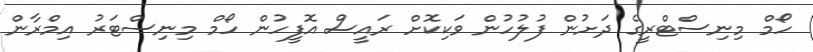
ހޯމް މިނިސްޓްރީގެ ދަށުން ފުލުހުން ވަކިކޮށް ރައީސް އޮފީހުން ހޯމް މިނިސްޓަރު އިމްރާން